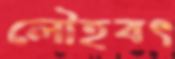
লৌহবৎ